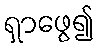
ရှာဖွေ၍